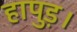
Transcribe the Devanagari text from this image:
हापुड़।